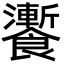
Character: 𩟗